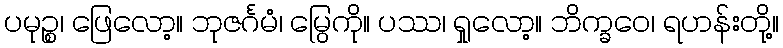
ပမုဉ္စ၊ ဖြေလော့။ ဘုဇင်္ဂမံ၊ မြွေကို။ ပဿ၊ ရှုလော့။ ဘိက္ခဝေ၊ ရဟန်းတို့။